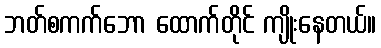
ဘတ်စကက်ဘော ထောက်တိုင် ကျိုးနေတယ်။